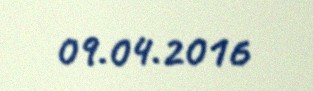
09.04.2016